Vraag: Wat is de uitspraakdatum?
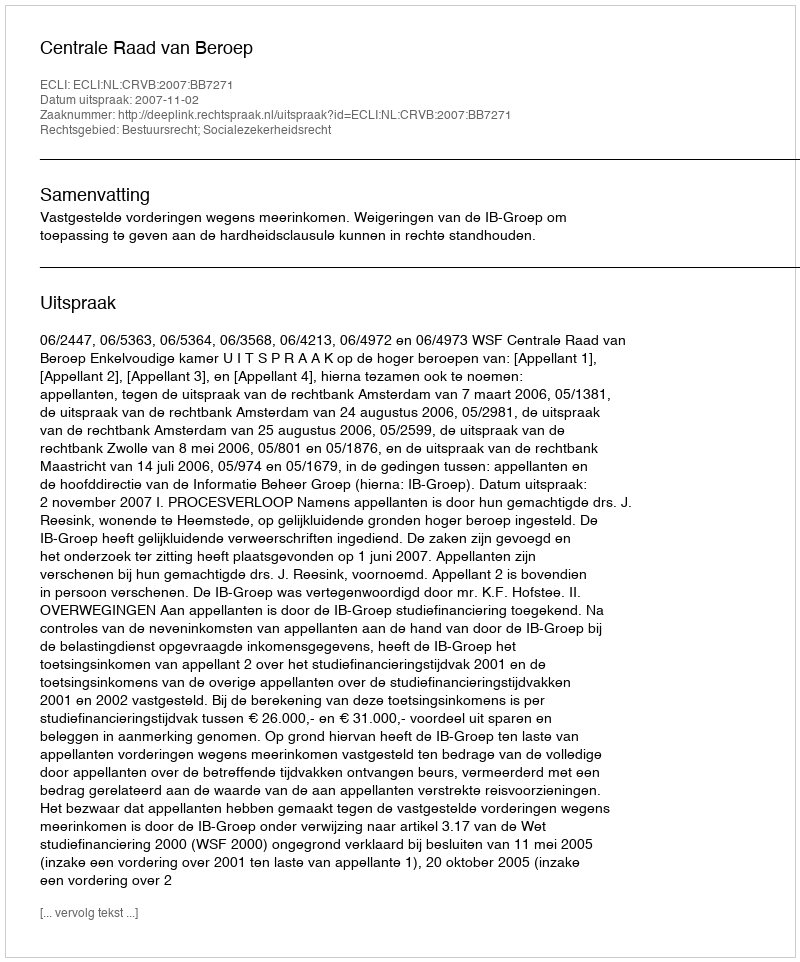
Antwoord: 2007-11-02